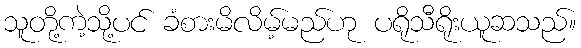
သူတို့ကဲ့သို့ပင် ခံစားမိလိမ့်မည်ဟု ပရိုသီရိုးယူဆသည်။